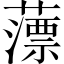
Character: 薸